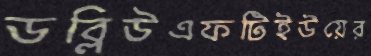
ডব্লিউএফটিইউয়ের